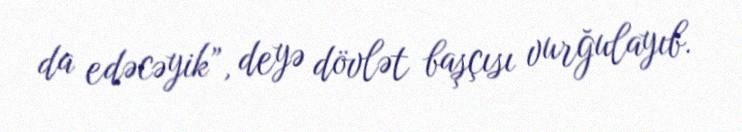
da edəcəyik”, deyə dövlət başçısı vurğulayıb.